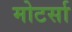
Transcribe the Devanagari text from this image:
मोटर्सा